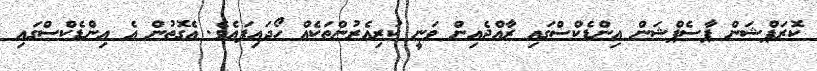
ކޮރަޕްޝަން ޕާސެޕްޝަން އިންޑެކްސްގައި ރާއްޖެއިން ވަނީ ކުރިއެރުންތަކެއް ހޯދައިފައެވެ. އެގޮތުން އެ އިންޑެކްސްގައި